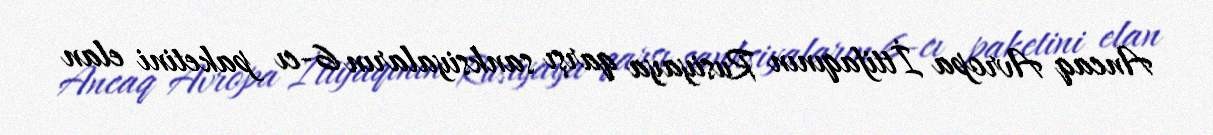
Ancaq Avropa İttifaqının Rusiyaya qarşı sanksiyaların 6-cı paketini elan